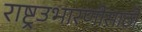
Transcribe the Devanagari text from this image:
राष्ट्रउभारणीसाठी